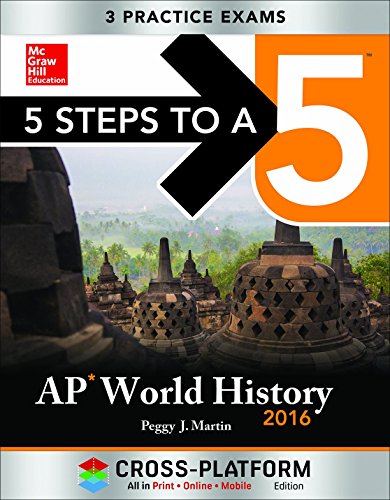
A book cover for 5 Steps to a 5 AP World History 2016, Cross-Platform Edition; Peggy Martin; History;